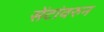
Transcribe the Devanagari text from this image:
सेंटांवरुन